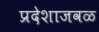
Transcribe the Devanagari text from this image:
प्रदेशाजवळ